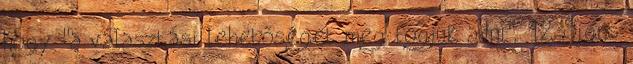
hogy "a választási lehetőséget meg fogjuk adni". 12 Signs